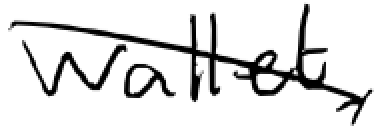
Text: wallet,
Cross-out: diagonal
Writing tool: digital_black